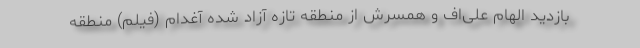
بازدید الهام‌ علی‌اف و همسرش از منطقه تازه آزاد شده آغدام (فیلم) منطقه